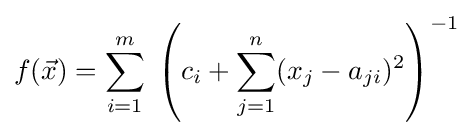
f({\vec {x}})=\sum _{i=1}^{m}\;\left(c_{i}+\sum \limits _{j=1}^{n}(x_{j}-a_{ji})^{2}\right)^{-1}